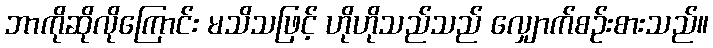
ဘာကိုဆိုလိုကြောင်း မသိသဖြင့် ဟိုဟိုသည်သည် လျှောက်စဉ်းစားသည်။